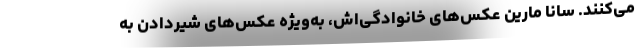
می‌کنند. سانا مارین عکس‌های خانوادگی‌اش، به‌ویژه عکس‌های شیردادن به